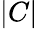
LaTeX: |C|